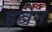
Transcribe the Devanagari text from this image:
इबेन